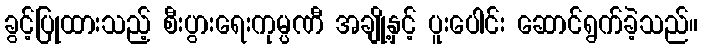
ခွင့်ပြုထားသည့် စီးပွားရေးကုမ္ပဏီ အချို့နှင့် ပူးပေါင်း ဆောင်ရွက်ခဲ့သည်။